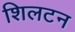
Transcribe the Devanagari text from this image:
शिलटन